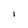
Character: i